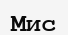
Мис